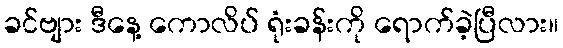
ခင်ဗျား ဒီနေ့ ကောလိပ် ရုံးခန်းကို ရောက်ခဲ့ပြီလား။